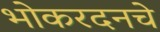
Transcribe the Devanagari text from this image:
भोकरदनचे